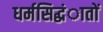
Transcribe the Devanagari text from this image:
धर्मसिद्धंातों